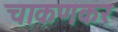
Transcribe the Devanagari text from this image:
चाकणकर